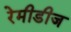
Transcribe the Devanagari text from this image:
रेमीडीज